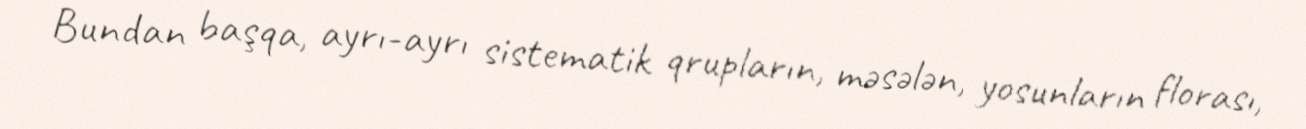
Bundan başqa, ayrı-ayrı sistematik qrupların, məsələn, yosunların florası,